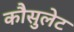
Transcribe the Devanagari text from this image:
कौसुलेट